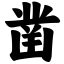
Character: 凿